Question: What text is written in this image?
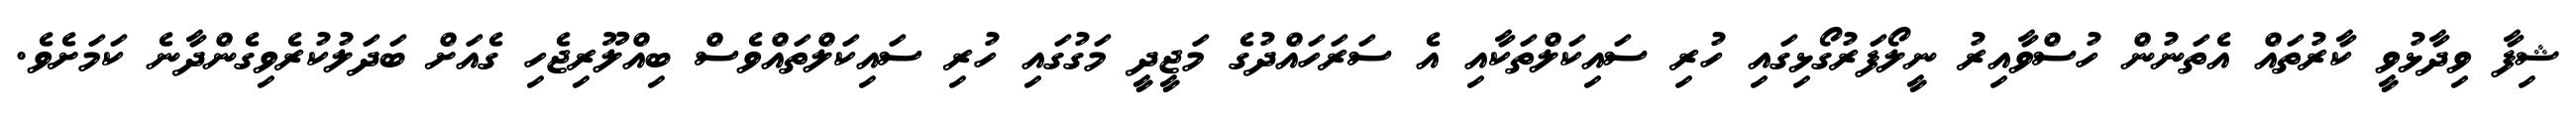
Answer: ޝިފާ ވިދާޅުވީ ކާރުތައް އެތަނުން ހުސްވާއިރު ނީލޯފަރުގޯޅިގައި ހުރި ސައިކަލްތަކާއި އެ ސަރަހައްދުގެ މަޖީދީ މަގުގައި ހުރި ސައިކަލްތައްވެސް ބިއްލޫރިޖެހި ގެއަށް ބަދަލުކުރެވިގެންދާނެ ކަމަށެވެ.